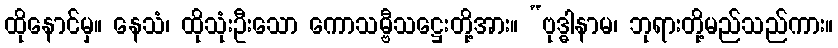
ထိုနောင်မှ။ နေသံ၊ ထိုသုံးဦးသော ကောသမ္ဗီသဋ္ဌေးတို့အား။ “ဗုဒ္ဓါနာမ၊ ဘုရားတို့မည်သည်ကား။